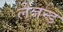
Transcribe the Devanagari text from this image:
लेजन्ड